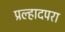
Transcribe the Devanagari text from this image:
प्रल्हादपरा